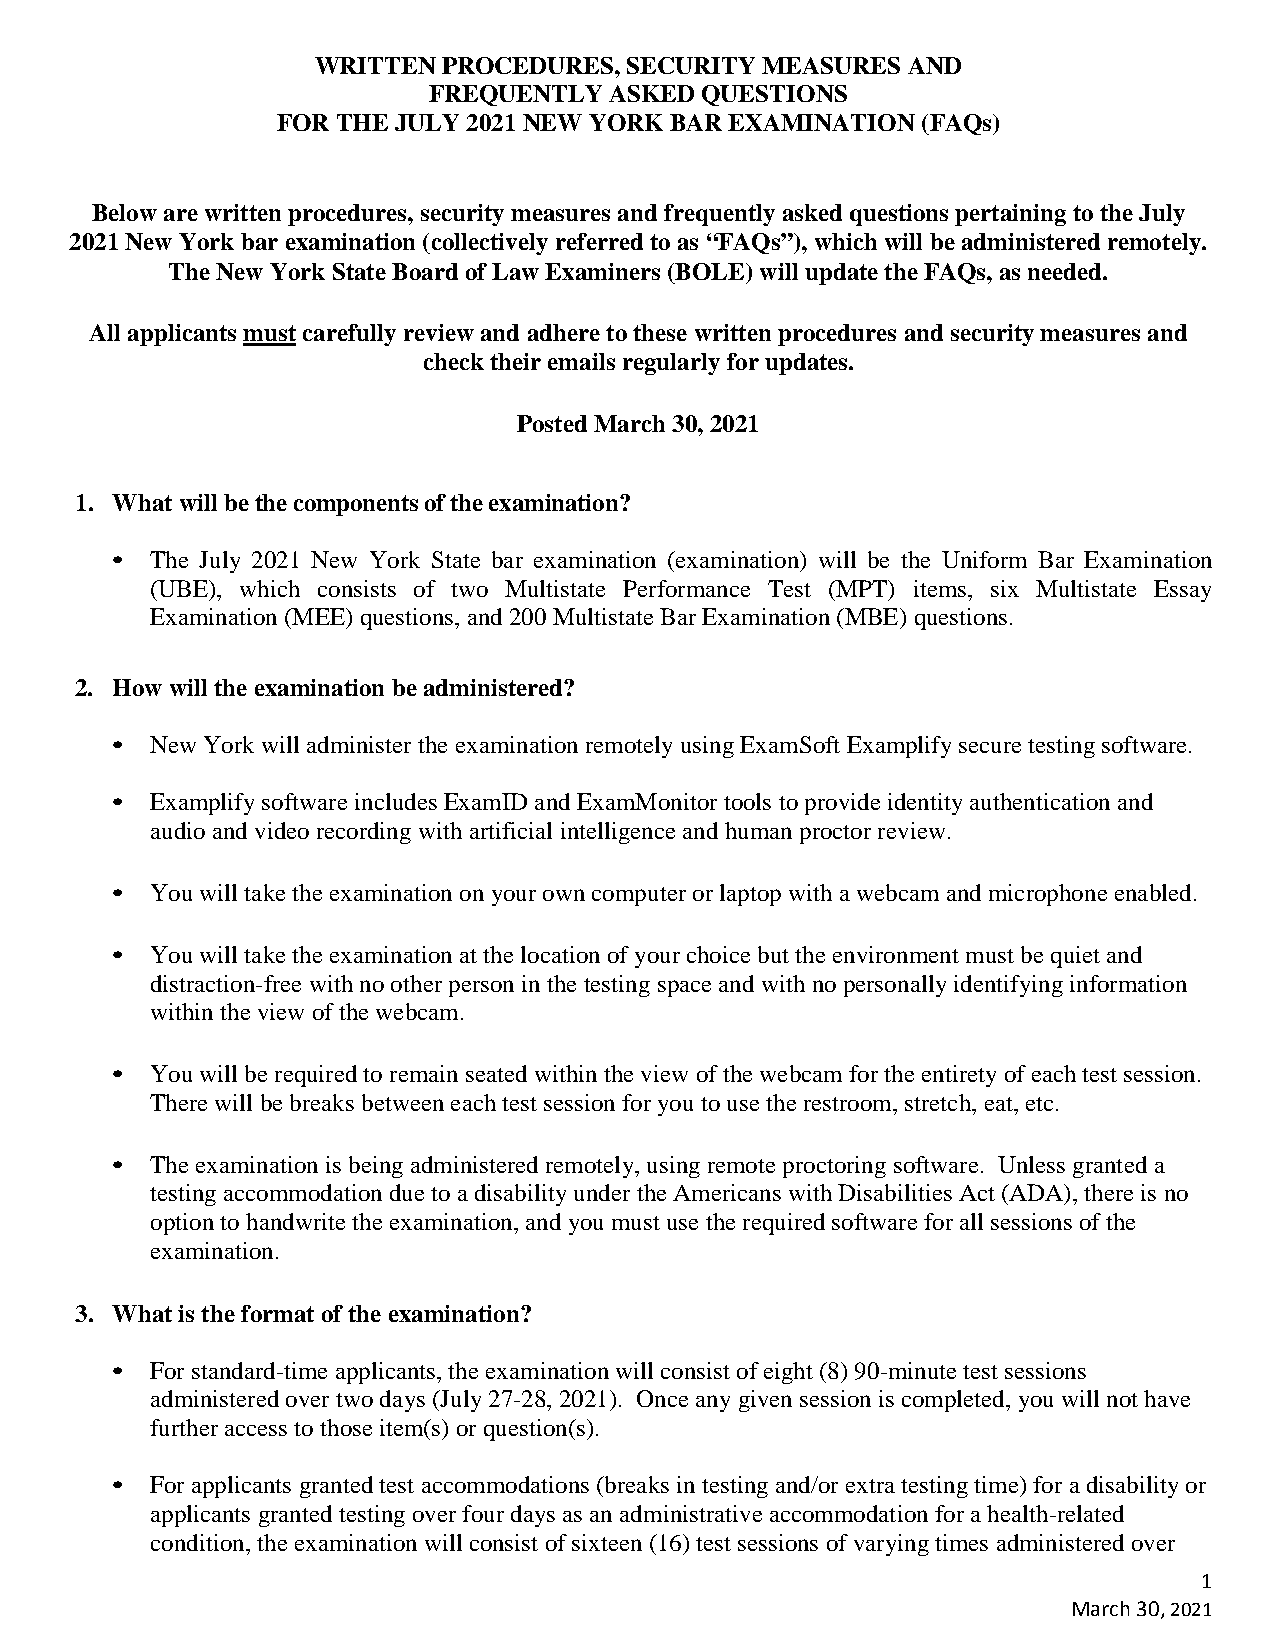
WRITTEN PROCEDURES,  SECURITY MEASURES AND
 FREQUENTLY  ASKED QUESTIONS
 FOR THE JULY 2021 NEW YORK BAR EXAMINATION (FAQs)
 Below are written procedures, security measures and frequently asked questions pertaining to the July
 2021 New York bar examination (collectively referred to as “FAQs”), which will be administered remotely.
 The New York State Board of Law Examiners (BOLE) will update the FAQs, as needed.
 All applicants must carefully review and adhere to these written procedures and security measures and
 check their emails regularly for updates.
 Posted March 30, 2021
 1. What will be the components of the examination?
 •  The July 2021 New York State bar examination (examination) will be the Uniform Bar Examination
 (UBE), which consists of two Multistate Performance Test (MPT) items, six Multistate Essay
 Examination (MEE) questions, and 200 Multistate Bar Examination (MBE) questions.
 2. How will the examination be administered?
 •  New York will administer the examination remotely using ExamSoft Examplify secure testing software.
 •  Examplify software includes ExamID and ExamMonitor tools to provide identity authentication and
 audio and video recording with artificial intelligence and human proctor review.
 •  You will take the examination on your own computer or laptop with a webcam and microphone enabled.
 •  You will take the examination at the location of your choice but the environment must be quiet and
 distraction-free with no other person in the testing space and with no personally identifying information
 within the view of the webcam.
 •  You will be required to remain seated within the view of the webcam for the entirety of each test session.
 There will be breaks between each test session for you to use the restroom, stretch, eat, etc.
 •  The examination is being administered remotely, using remote proctoring software. Unless granted a
 testing accommodation due to a disability under the Americans with Disabilities Act (ADA), there is no
 option to handwrite the examination, and you must use the required software for all sessions of the
 examination.
 3. What is the format of the examination?
 •  For standard-time applicants, the examination will consist of eight (8) 90-minute test sessions
 administered over two days (July 27-28, 2021). Once any given session is completed, you will not have
 further access to those item(s) or question(s).
 •  For applicants granted test accommodations (breaks in testing and/or extra testing time) for a disability or
 applicants granted testing over four days as an administrative accommodation for a health-related
 condition, the examination will consist of sixteen (16) test sessions of varying times administered over
 1
 March 30, 2021